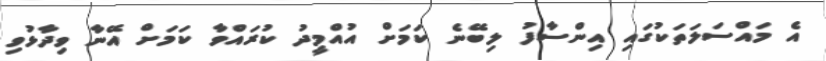
އެ މައްސަލަތަކުގައި އިންސާފު ލިބޭނެ ކަމަށް އުއްމީދު ކުރައްވާ ކަމަށް އޭނާ ވިދާޅުވި